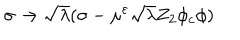
\sigma \rightarrow \sqrt { \lambda } ( \sigma - \mu ^ { \varepsilon } \sqrt { \lambda } Z _ { 2 } \phi _ { c } \phi )